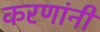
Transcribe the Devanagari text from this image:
करणांनी